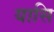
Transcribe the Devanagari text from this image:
यासि